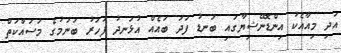
އަދި މިއާއެކު އިންޑޮނޭޝިޔާގައި ބަނޑު ފަދަ ބައެއް އުޅަނދު ފަހަރު ބަނުމުގެ މަސައްކަތް